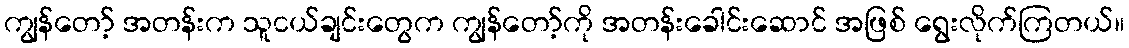
ကျွန်တော့် အတန်းက သူငယ်ချင်းတွေက ကျွန်တော့်ကို အတန်းခေါင်းဆောင် အဖြစ် ရွေးလိုက်ကြတယ်။